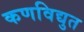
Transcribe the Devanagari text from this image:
कणविद्युत